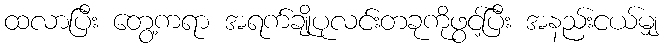
ထလာပြီး တွေ့ကရာ အရက်ချိုပုလင်းတခုကိုဖွင့်ပြီး အနည်းငယ်မျှ